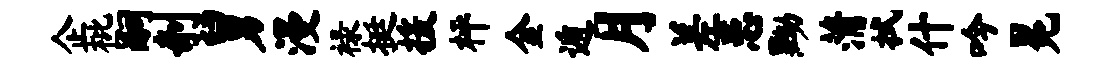
企枇嗣剞舅漫禄挺援枰金遁月差患黝蒲拭什吟冕